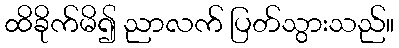
ထိခိုက်မိ၍ ညာလက် ပြတ်သွားသည်။